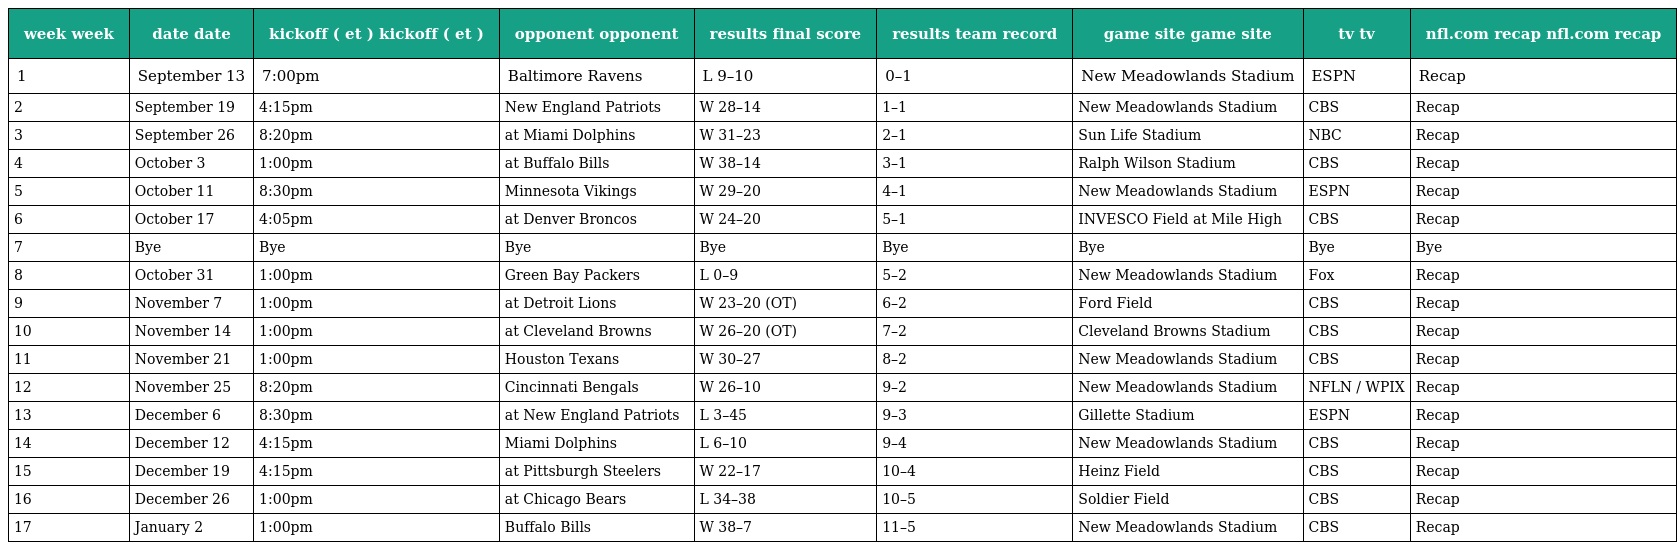
| week week | date date | kickoff ( et ) kickoff ( et ) | opponent opponent | results final score | results team record | game site game site | tv tv | nfl.com recap nfl.com recap |
 | --- | --- | --- | --- | --- | --- | --- | --- | --- |
 | 1 | September 13 | 7:00pm | Baltimore Ravens | L 9–10 | 0–1 | New Meadowlands Stadium | ESPN | Recap |
 | 2 | September 19 | 4:15pm | New England Patriots | W 28–14 | 1–1 | New Meadowlands Stadium | CBS | Recap |
 | 3 | September 26 | 8:20pm | at Miami Dolphins | W 31–23 | 2–1 | Sun Life Stadium | NBC | Recap |
 | 4 | October 3 | 1:00pm | at Buffalo Bills | W 38–14 | 3–1 | Ralph Wilson Stadium | CBS | Recap |
 | 5 | October 11 | 8:30pm | Minnesota Vikings | W 29–20 | 4–1 | New Meadowlands Stadium | ESPN | Recap |
 | 6 | October 17 | 4:05pm | at Denver Broncos | W 24–20 | 5–1 | INVESCO Field at Mile High | CBS | Recap |
 | 7 | Bye | Bye | Bye | Bye | Bye | Bye | Bye | Bye |
 | 8 | October 31 | 1:00pm | Green Bay Packers | L 0–9 | 5–2 | New Meadowlands Stadium | Fox | Recap |
 | 9 | November 7 | 1:00pm | at Detroit Lions | W 23–20 (OT) | 6–2 | Ford Field | CBS | Recap |
 | 10 | November 14 | 1:00pm | at Cleveland Browns | W 26–20 (OT) | 7–2 | Cleveland Browns Stadium | CBS | Recap |
 | 11 | November 21 | 1:00pm | Houston Texans | W 30–27 | 8–2 | New Meadowlands Stadium | CBS | Recap |
 | 12 | November 25 | 8:20pm | Cincinnati Bengals | W 26–10 | 9–2 | New Meadowlands Stadium | NFLN / WPIX | Recap |
 | 13 | December 6 | 8:30pm | at New England Patriots | L 3–45 | 9–3 | Gillette Stadium | ESPN | Recap |
 | 14 | December 12 | 4:15pm | Miami Dolphins | L 6–10 | 9–4 | New Meadowlands Stadium | CBS | Recap |
 | 15 | December 19 | 4:15pm | at Pittsburgh Steelers | W 22–17 | 10–4 | Heinz Field | CBS | Recap |
 | 16 | December 26 | 1:00pm | at Chicago Bears | L 34–38 | 10–5 | Soldier Field | CBS | Recap |
 | 17 | January 2 | 1:00pm | Buffalo Bills | W 38–7 | 11–5 | New Meadowlands Stadium | CBS | Recap |